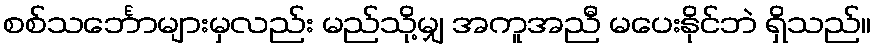
စစ်သင်္ဘောများမှလည်း မည်သို့မျှ အကူအညီ မပေးနိုင်ဘဲ ရှိသည်။